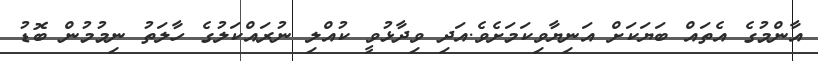
އާންމުގެ އެތައް ބަޔަކަށް އަނިޔާވިކަމަށެވެ.އަދި ވިދާޅުވީ ކުއްލި ނުރައްކަލުގެ ހާލަތު ނިމުމުން ބޮޑު